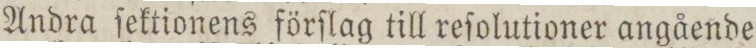
Andra ſektionens förſlag till reſolutioner angående